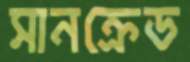
সানক্রেড